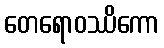
တေရောဝဿိကော